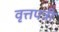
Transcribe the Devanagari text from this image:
वृत्तपत्री